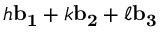
h \mathbf { b _ { 1 } } + k \mathbf { b _ { 2 } } + \ell \mathbf { b _ { 3 } }